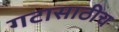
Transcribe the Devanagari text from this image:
गटासाठीच